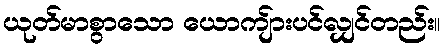
ယုတ်မာစွာသော ယောကျ်ားပင်လျှင်တည်း။